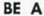
BE A